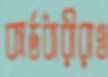
কার্ডধারীরাও